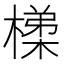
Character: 𭫴